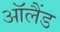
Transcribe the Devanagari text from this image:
ऑलैंड